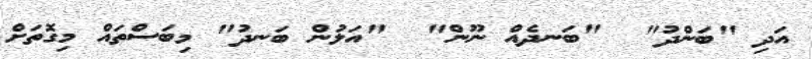
އަދި "ބަންދު"  "ބަނދެއް ނޫން"  "އަލުން ބަނދު" މިބަސްތައް މިގޮތަށް